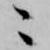
ニ